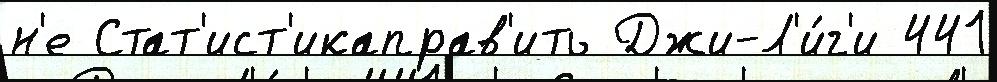
н'е Стат'ист'икаправ'ить Джи-Л'и́г'и 441